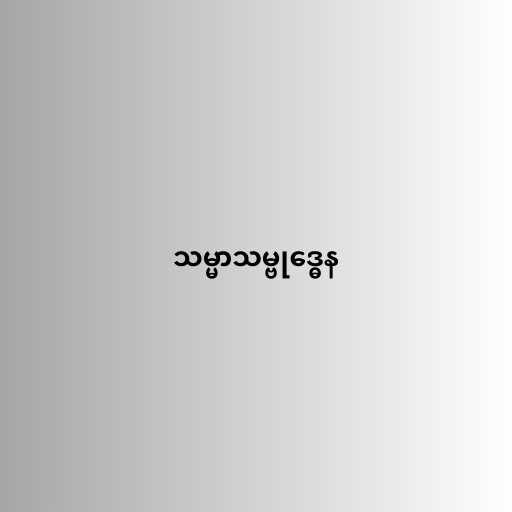
သမ္မာသမ္ဗုဒ္ဓေန